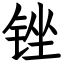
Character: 锉